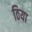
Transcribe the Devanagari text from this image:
ठिया